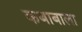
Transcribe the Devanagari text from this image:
कबाबाला